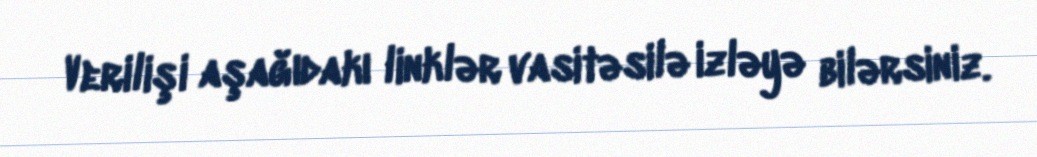
Verilişi aşağıdakı linklər vasitəsilə izləyə bilərsiniz.